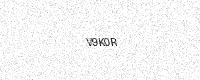
Text: V9K0R